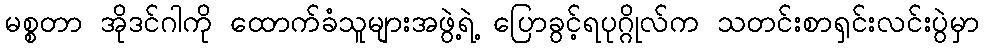
မစ္စတာ အိုဒင်ဂါကို ထောက်ခံသူများအဖွဲ့ရဲ့ ပြောခွင့်ရပုဂ္ဂိုလ်က သတင်းစာရှင်းလင်းပွဲမှာ